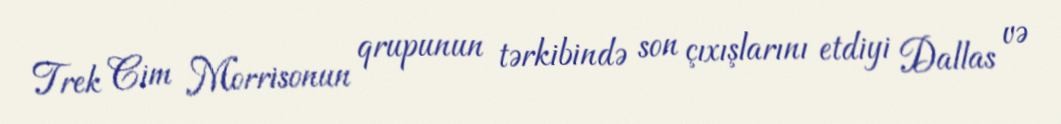
Trek Cim Morrisonun qrupunun tərkibində son çıxışlarını etdiyi Dallas və